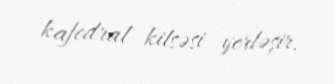
kafedral kilsəsi yerləşir.